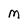
Character: M